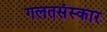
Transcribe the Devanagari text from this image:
गलतसंस्कार